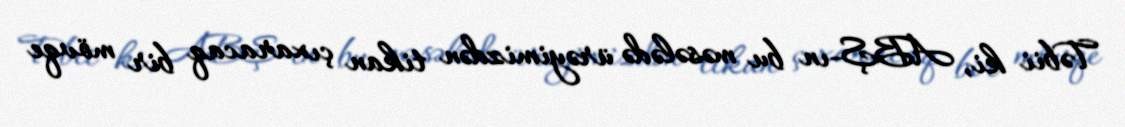
Təbii ki, ABŞ-ın bu məsələdə ürəyimizdən tikan çıxaracaq bir mövqe